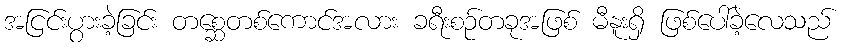
အငြင်းပွားခဲ့ခြင်း တစ္ဆေတစ်ကောင်အလား ခရီးစဉ်တခုအဖြစ် မီနူးရှိ ဖြစ်ပေါ်ခဲ့လေသည်